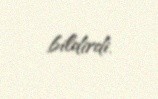
bildirdi.